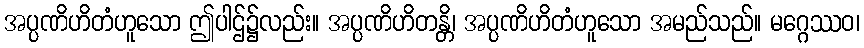
အပ္ပဏိဟိတံဟူသော ဤပါဌ်၌လည်း။ အပ္ပဏိဟိတန္တိ၊ အပ္ပဏိဟိတံဟူသော အမည်သည်။ မဂ္ဂေဿဝ၊